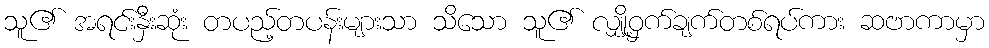
သူ၏ အရင်းနှီးဆုံး တပည့်တပန်းများသာ သိသော သူ၏ လျှို့ဝှက်ချက်တစ်ရပ်ကား ဆဗာကာမှာ